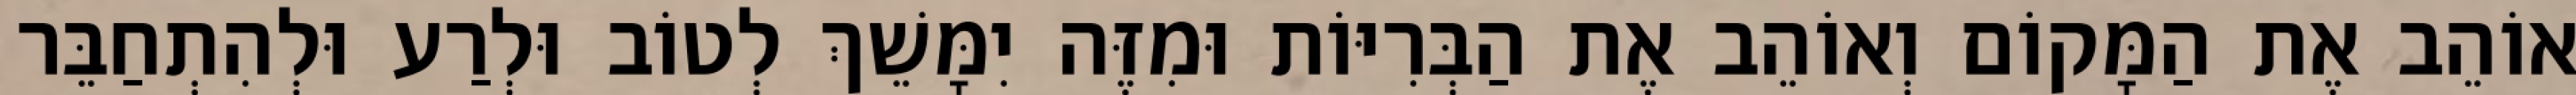
אוֹהֵב אֶת הַמָּקוֹם וְאוֹהֵב אֶת הַבְּרִיּוֹת וּמִזֶּה יִמָּשֵׁךְ לְטוֹב וּלְרַע וּלְהִתְחַבֵּר